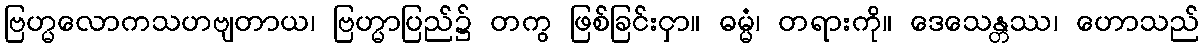
ဗြဟ္မလောကသဟဗျတာယ၊ ဗြဟ္မာပြည်၌ တကွ ဖြစ်ခြင်းငှာ။ ဓမ္မံ၊ တရားကို။ ဒေသေန္တဿ၊ ဟောသည်